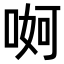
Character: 𠶚